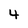
Character: 4